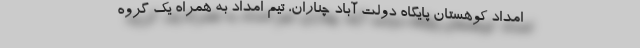
امداد کوهستان پایگاه دولت آباد چناران، تیم امداد به همراه یک گروه